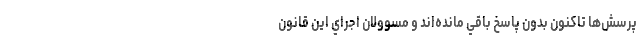
پرسش‌ها تاكنون بدون پاسخ باقي مانده‌اند و مسوولان اجراي اين قانون